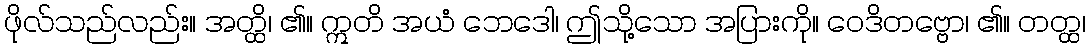
ဖိုလ်သည်လည်း။ အတ္ထိ၊ ၏။ ဣတိ အယံ ဘေဒေါ၊ ဤသို့သော အပြားကို။ ဝေဒိတဗ္ဗော၊ ၏။ တတ္ထ၊